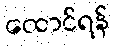
ထောင်ရန်